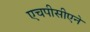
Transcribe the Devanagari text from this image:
एचपीसीएने